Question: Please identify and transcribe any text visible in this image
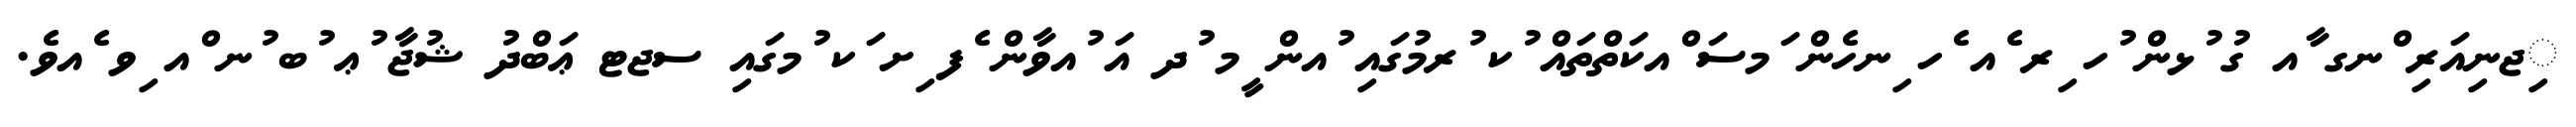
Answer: ިޖނިއަރި ްނގ ާއ ގު ުޅން ުހ ިރ ެއ ެހ ިނހެން ަމސަ ްއކަތްތައް ުކ ުރމުގައި ުއން ީމ ުދ އަ ުއވާން ެފ ިށ ަކ ުމގައި ސޖޓ ޢަބްދު ޝުޖާ ުޢ ުބ ުނ ްއ ިވ ެއވެ.